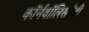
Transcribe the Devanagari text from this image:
कॉर्नवॉलिसनेही